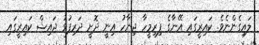
ލައިގެންނެވެ. ކައިރީގައި އޭނާގެ ފިރިމީހާ ޖިނާހު އިނީ ދޮށީ ދަރިފުޅު ޖައިޝް ކައިރީގައި